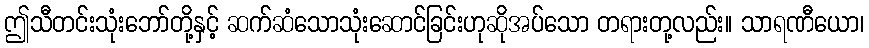
ဤသီတင်းသုံးဘော်တို့နှင့် ဆက်ဆံသောသုံးဆောင်ခြင်းဟုဆိုအပ်သော တရားတု့လည်း။ သာရဏီယော၊